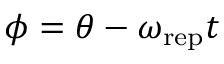
\phi = \theta - \omega _ { \mathrm { r e p } } t